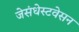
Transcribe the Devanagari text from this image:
जेसंधेस्टवेसन